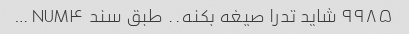
۹۹۸۵ شاید تدرا صیغه بکنه.. طبق سند NUM۴ …